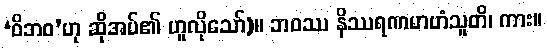
‘ဝိဘဝ’ဟု ဆိုအပ်၏ ဟူလိုသော်)။ ဘဝဿ နိဿရဏမာဟံသူတိ၊ ကား။